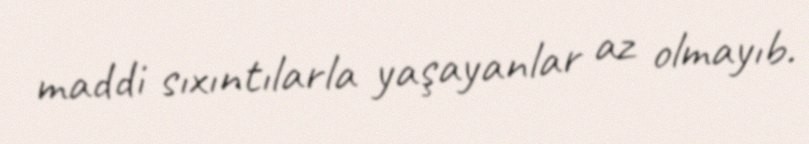
maddi sıxıntılarla yaşayanlar az olmayıb.